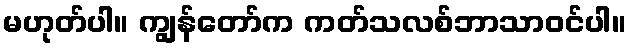
မဟုတ်ပါ။ ကျွန်တော်က ကတ်သလစ်ဘာသာဝင်ပါ။